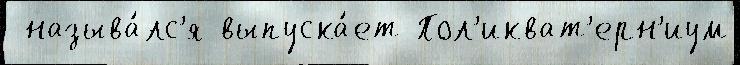
 называ́лс'я выпуска́ет Пол'икват'ерн'иум